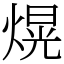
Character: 熀